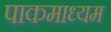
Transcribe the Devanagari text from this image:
पाकमाध्यम